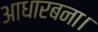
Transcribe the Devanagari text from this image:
आधारबना।